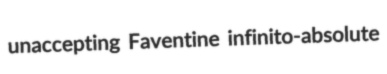
unaccepting Faventine infinito-absolute